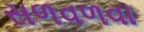
સળવળવા